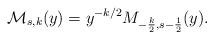
LaTeX: \begin{align*}\mathcal{M}_{s,k}(y)=y^{-k/2}M_{-\frac{k}{2},s-\frac12}(y).\end{align*}